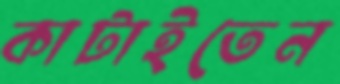
কাটাইতেন